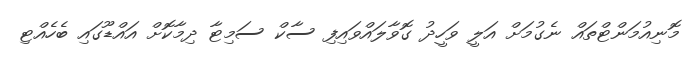
މޮނިއުމަންޓްތައް ނެގުމަށް އަލީ ވަހީދު ގޮވާލައްވައިފި ސާކް ސަމިޓާ ދިމާކޮށް އައްޑޫގައި ބެހެއްޓި